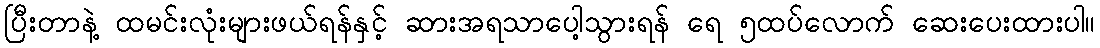
ပြီးတာနဲ့ ထမင်းလုံးများဖယ်ရန်နှင့် ဆားအရသာပေါ့သွားရန် ရေ ၅ထပ်လောက် ဆေးပေးထားပါ။